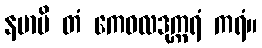
နမာမိ တံ ကေဝလဒုက္ကရံ ကရံ။